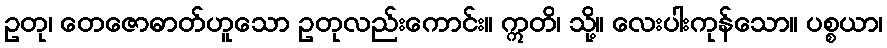
ဥတု၊ တေဇောဓာတ်ဟူသော ဥတုလည်းကောင်း။ ဣတိ၊ သို့။ လေးပါးကုန်သော။ ပစ္စယာ၊